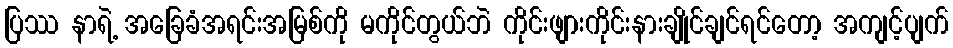
ပြဿ နာရဲ့ အခြေခံအရင်းအမြစ်ကို မကိုင်တွယ်ဘဲ ကိုင်းဖျားကိုင်းနားချိုင်ချင်ရင်တော့ အကျင့်ပျက်